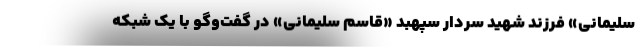
سلیمانی» فرزند شهید سردار سپهبد «قاسم سلیمانی» در گفت‌وگو با یک شبکه